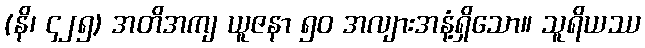
(နိ၊ ၄၂၅) အတိအကျ ယူဇနာ ၅၀ အလျားအနံ့ရှိသော။ သူရိယဿ